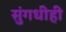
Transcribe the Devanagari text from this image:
सुंगधीही